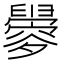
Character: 𬜀